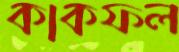
কাকফল